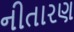
નીતારણ